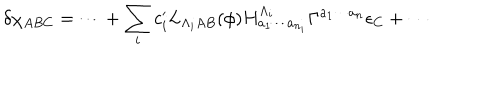
LaTeX: \delta \chi _ { A B C } = \cdots + \sum _ { i } c _ { i } ^ { \prime } L _ { \Lambda _ { i } A B } ( \phi ) H _ { a _ { 1 } \cdots a _ { n _ { i } } } ^ { \Lambda _ { i } } \Gamma ^ { a _ { 1 } \cdots a _ { n } } \epsilon _ { C } + \cdots